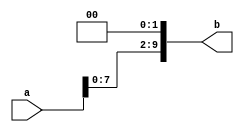
module shiftLeft2(input[9:0] a, output reg[9:0] b);
  always@(*) begin
    b = a << 2;
  end
endmodule